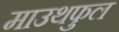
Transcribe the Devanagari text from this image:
माउथफुल